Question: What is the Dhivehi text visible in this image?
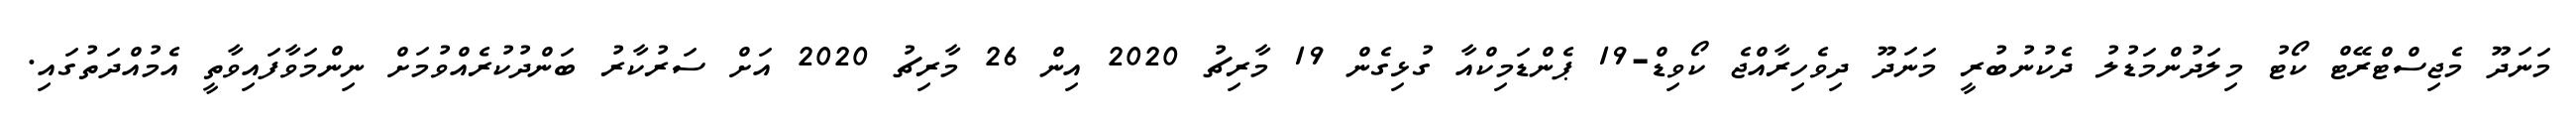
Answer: މަނަދޫ މެޖިސްޓްރޭޓް ކޯޓު މިލަދުންމަޑުލު ދެކުނުބުރީ މަނަދޫ ދިވެހިރާއްޖެ ކޯވިޑް-19 ޕެންޑަމިކްއާ ގުޅިގެން 19 މާރިޗު 2020 އިން 26 މާރިޗު 2020 އަށް ސަރުކާރު ބަންދުކުރެއްވުމަށް ނިންމަވާފައިވާތީ އެމުއްދަތުގައި.